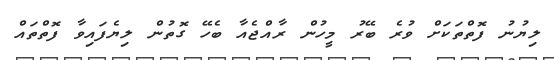
ލިޔުނު ފޮތްތަކަށް ވުރެ ބޭރު މީހުން ރާއްޖެއާ ބެހޭ ގޮތުން ލިޔެފައިވާ ފޮތްތައް